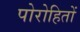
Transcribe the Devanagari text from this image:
पोरोहितों